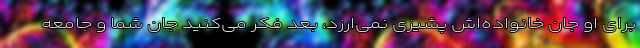
برای او جان خانواده‌اش پشیزی نمی‌ارزد، بعد فکر می‌کنید جان شما و جامعه